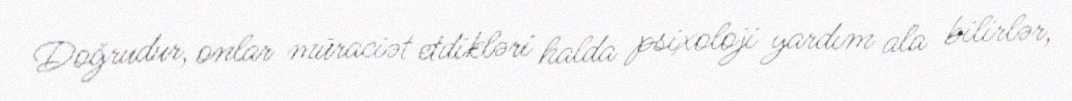
Doğrudur, onlar müraciət etdikləri halda psixoloji yardım ala bilirlər,